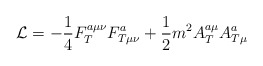
\begin{align*}{\cal L}=-\frac 14F_T^{a\mu \nu }F_{T\mu \nu }^a+\frac 12m^2A_T^{a\mu}A_{T\mu }^a\end{align*}